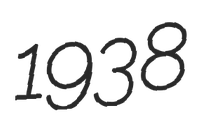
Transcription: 1938